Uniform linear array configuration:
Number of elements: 12
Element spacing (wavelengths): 0.75
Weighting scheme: blackman
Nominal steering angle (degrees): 15
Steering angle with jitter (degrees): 14.259
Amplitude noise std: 0.05
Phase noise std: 0.05

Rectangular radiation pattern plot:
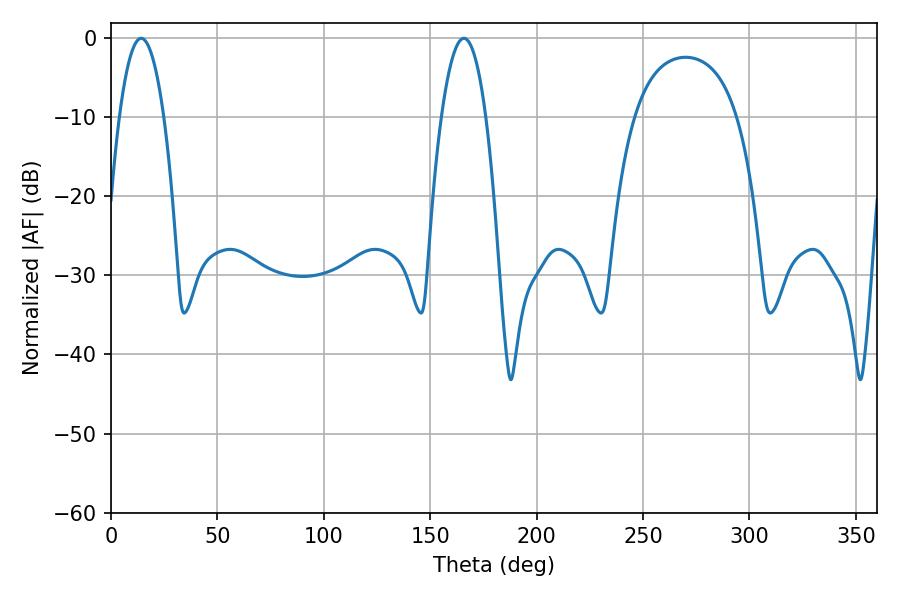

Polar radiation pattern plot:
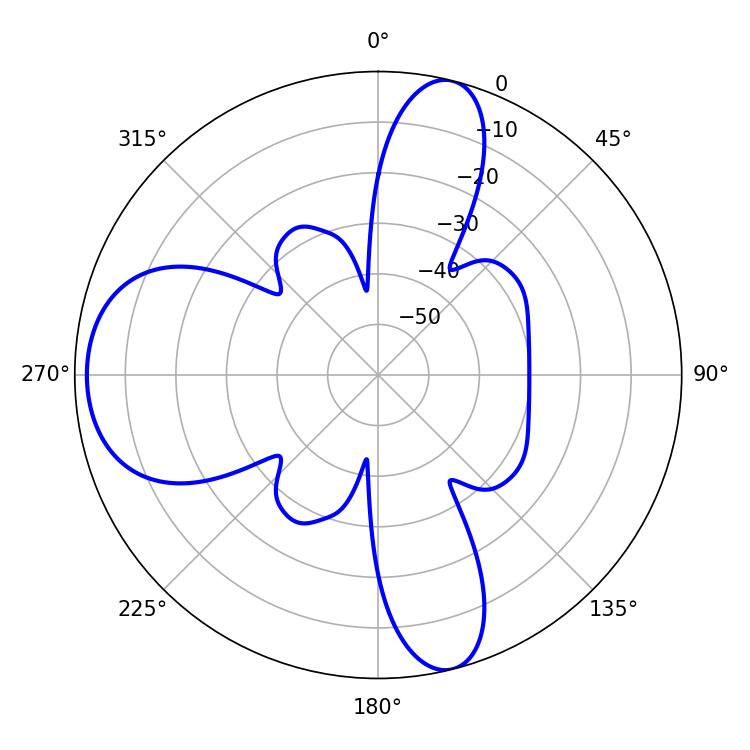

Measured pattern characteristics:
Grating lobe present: TRUE
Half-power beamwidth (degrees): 11.52
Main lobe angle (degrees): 14.22